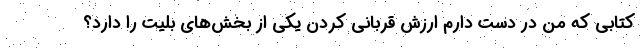
کتابی که من در دست دارم ارزش قربانی کردن یکی از بخش‌های بلیت را دارد؟